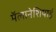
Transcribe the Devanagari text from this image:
मॅलानेशियाई